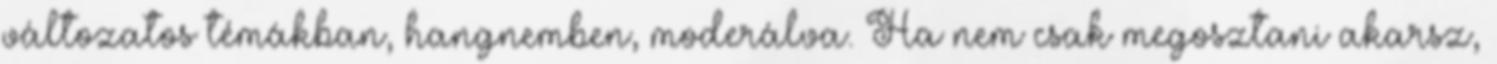
változatos témákban, hangnemben, moderálva. Ha nem csak megosztani akarsz,